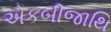
એકબીજાથિ